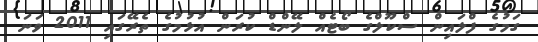
ގަމުގެ ފްލައިން ސްކޫލްގެ ބޯޓެއް ލޭންޑް ކުރަން އުޅުމުގެ ތެރޭގައި 2011 ވަނަ